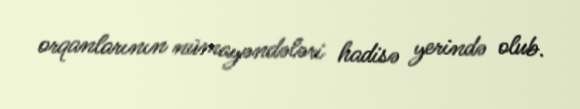
orqanlarının nümayəndələri hadisə yerində olub.